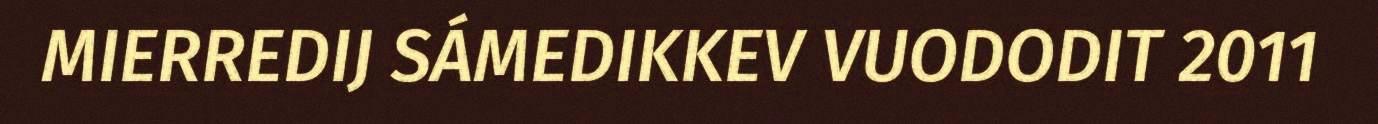
MIERREDIJ SÁMEDIKKEV VUODODIT 2011